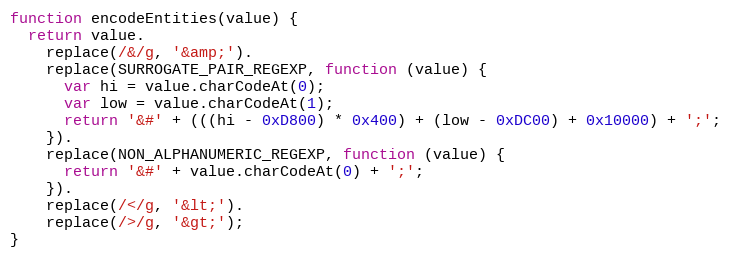
Language: JavaScript
function encodeEntities(value) {
  return value.
    replace(/&/g, '&amp;').
    replace(SURROGATE_PAIR_REGEXP, function (value) {
      var hi = value.charCodeAt(0);
      var low = value.charCodeAt(1);
      return '&#' + (((hi - 0xD800) * 0x400) + (low - 0xDC00) + 0x10000) + ';';
    }).
    replace(NON_ALPHANUMERIC_REGEXP, function (value) {
      return '&#' + value.charCodeAt(0) + ';';
    }).
    replace(/</g, '&lt;').
    replace(/>/g, '&gt;');
}